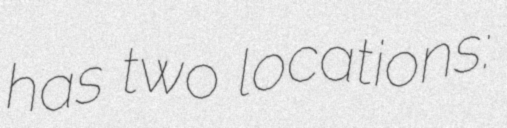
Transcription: has two locations: